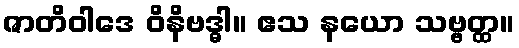
ဇာတိဝါဒေ ဝိနိဗဒ္ဓါ။ ဧသ နယော သဗ္ဗတ္ထ။